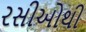
રસીઓથી